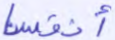
أنفسنا